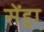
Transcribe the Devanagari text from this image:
सेंड्रा